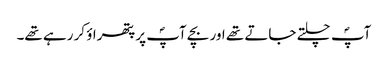
آپؐ چلتے جاتے تھے اور بچے آپؐ پر پتھراؤ کر رہے تھے۔